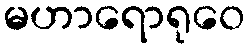
မဟာရောရုဝေ